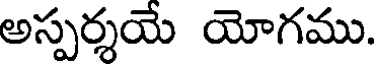
అస్పర్శయే యోగము.